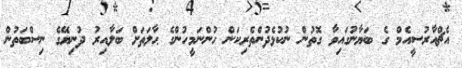
އެޗްއާރުސީއެމް ގެ ބަޔާނުގައިވާ ގޮތުން ނުކުޅެދުންތެރިކަން ހުންނަމީހުންގެ ޙާލަތަށް ބަލާއިރު ދުނިޔޭގެ ނިސްބަތުން